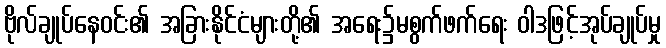
ဗိုလ်ချုပ်နေဝင်း၏ အခြားနိုင်ငံများတို့၏ အရေး၌မစွက်ဖက်ရေး ဝါဒဖြင့်အုပ်ချုပ်မှု